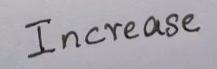
Increase